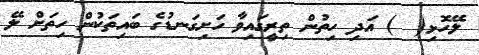
ލޭހޮޅި(  ) އަދި ހިތުން ތިރީގައިވާ ހަށިގަނޑުގެ ބައިތަކުން ހިތަށް ލޭ